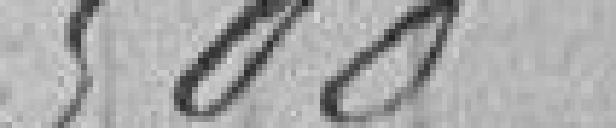
500